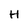
Character: H